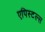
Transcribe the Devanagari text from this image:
एपिस्टल्स